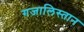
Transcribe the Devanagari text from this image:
गजालिस्तान